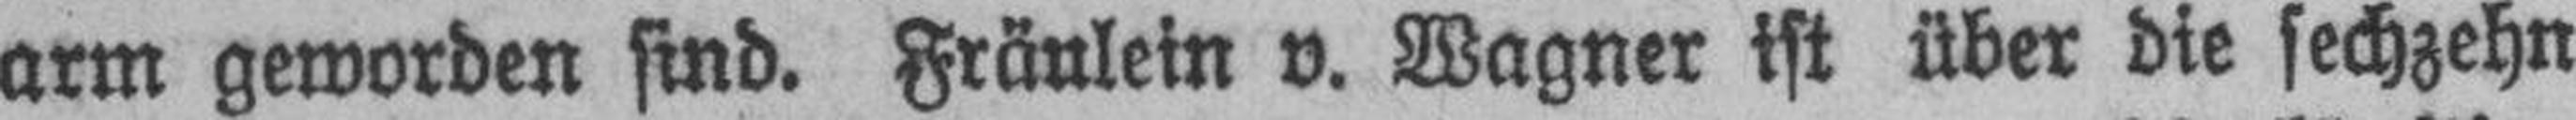
arm geworden sind. Fräulein v. Wagner ist über die sechzehn